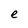
Character: e